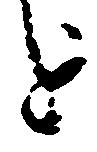
を